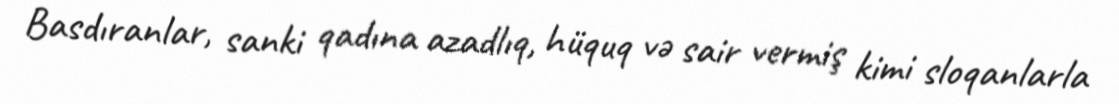
Basdıranlar, sanki qadına azadlıq, hüquq və sair vermiş kimi sloqanlarla